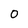
Character: 0